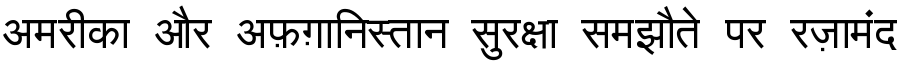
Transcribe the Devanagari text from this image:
अमरीका और अफ़ग़ानिस्तान सुरक्षा समझौते पर रज़ामंद